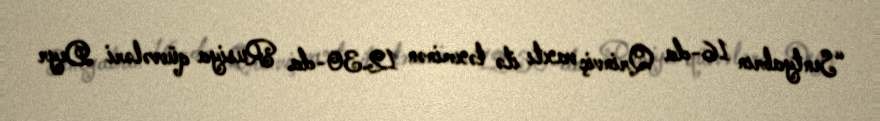
“Sentyabrın 16-da Qrinviç vaxtı ilə təxminən 12.30-da Rusiya qüvvələri Deyr